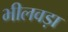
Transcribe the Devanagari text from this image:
भीलवड़ा